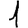
Digit: 1